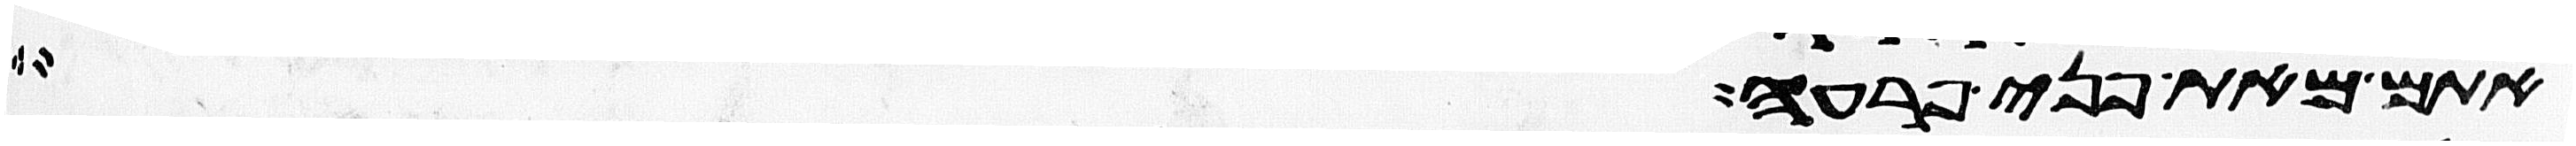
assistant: אתם מאת פני פרעה